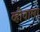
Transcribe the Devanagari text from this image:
व्होवाला